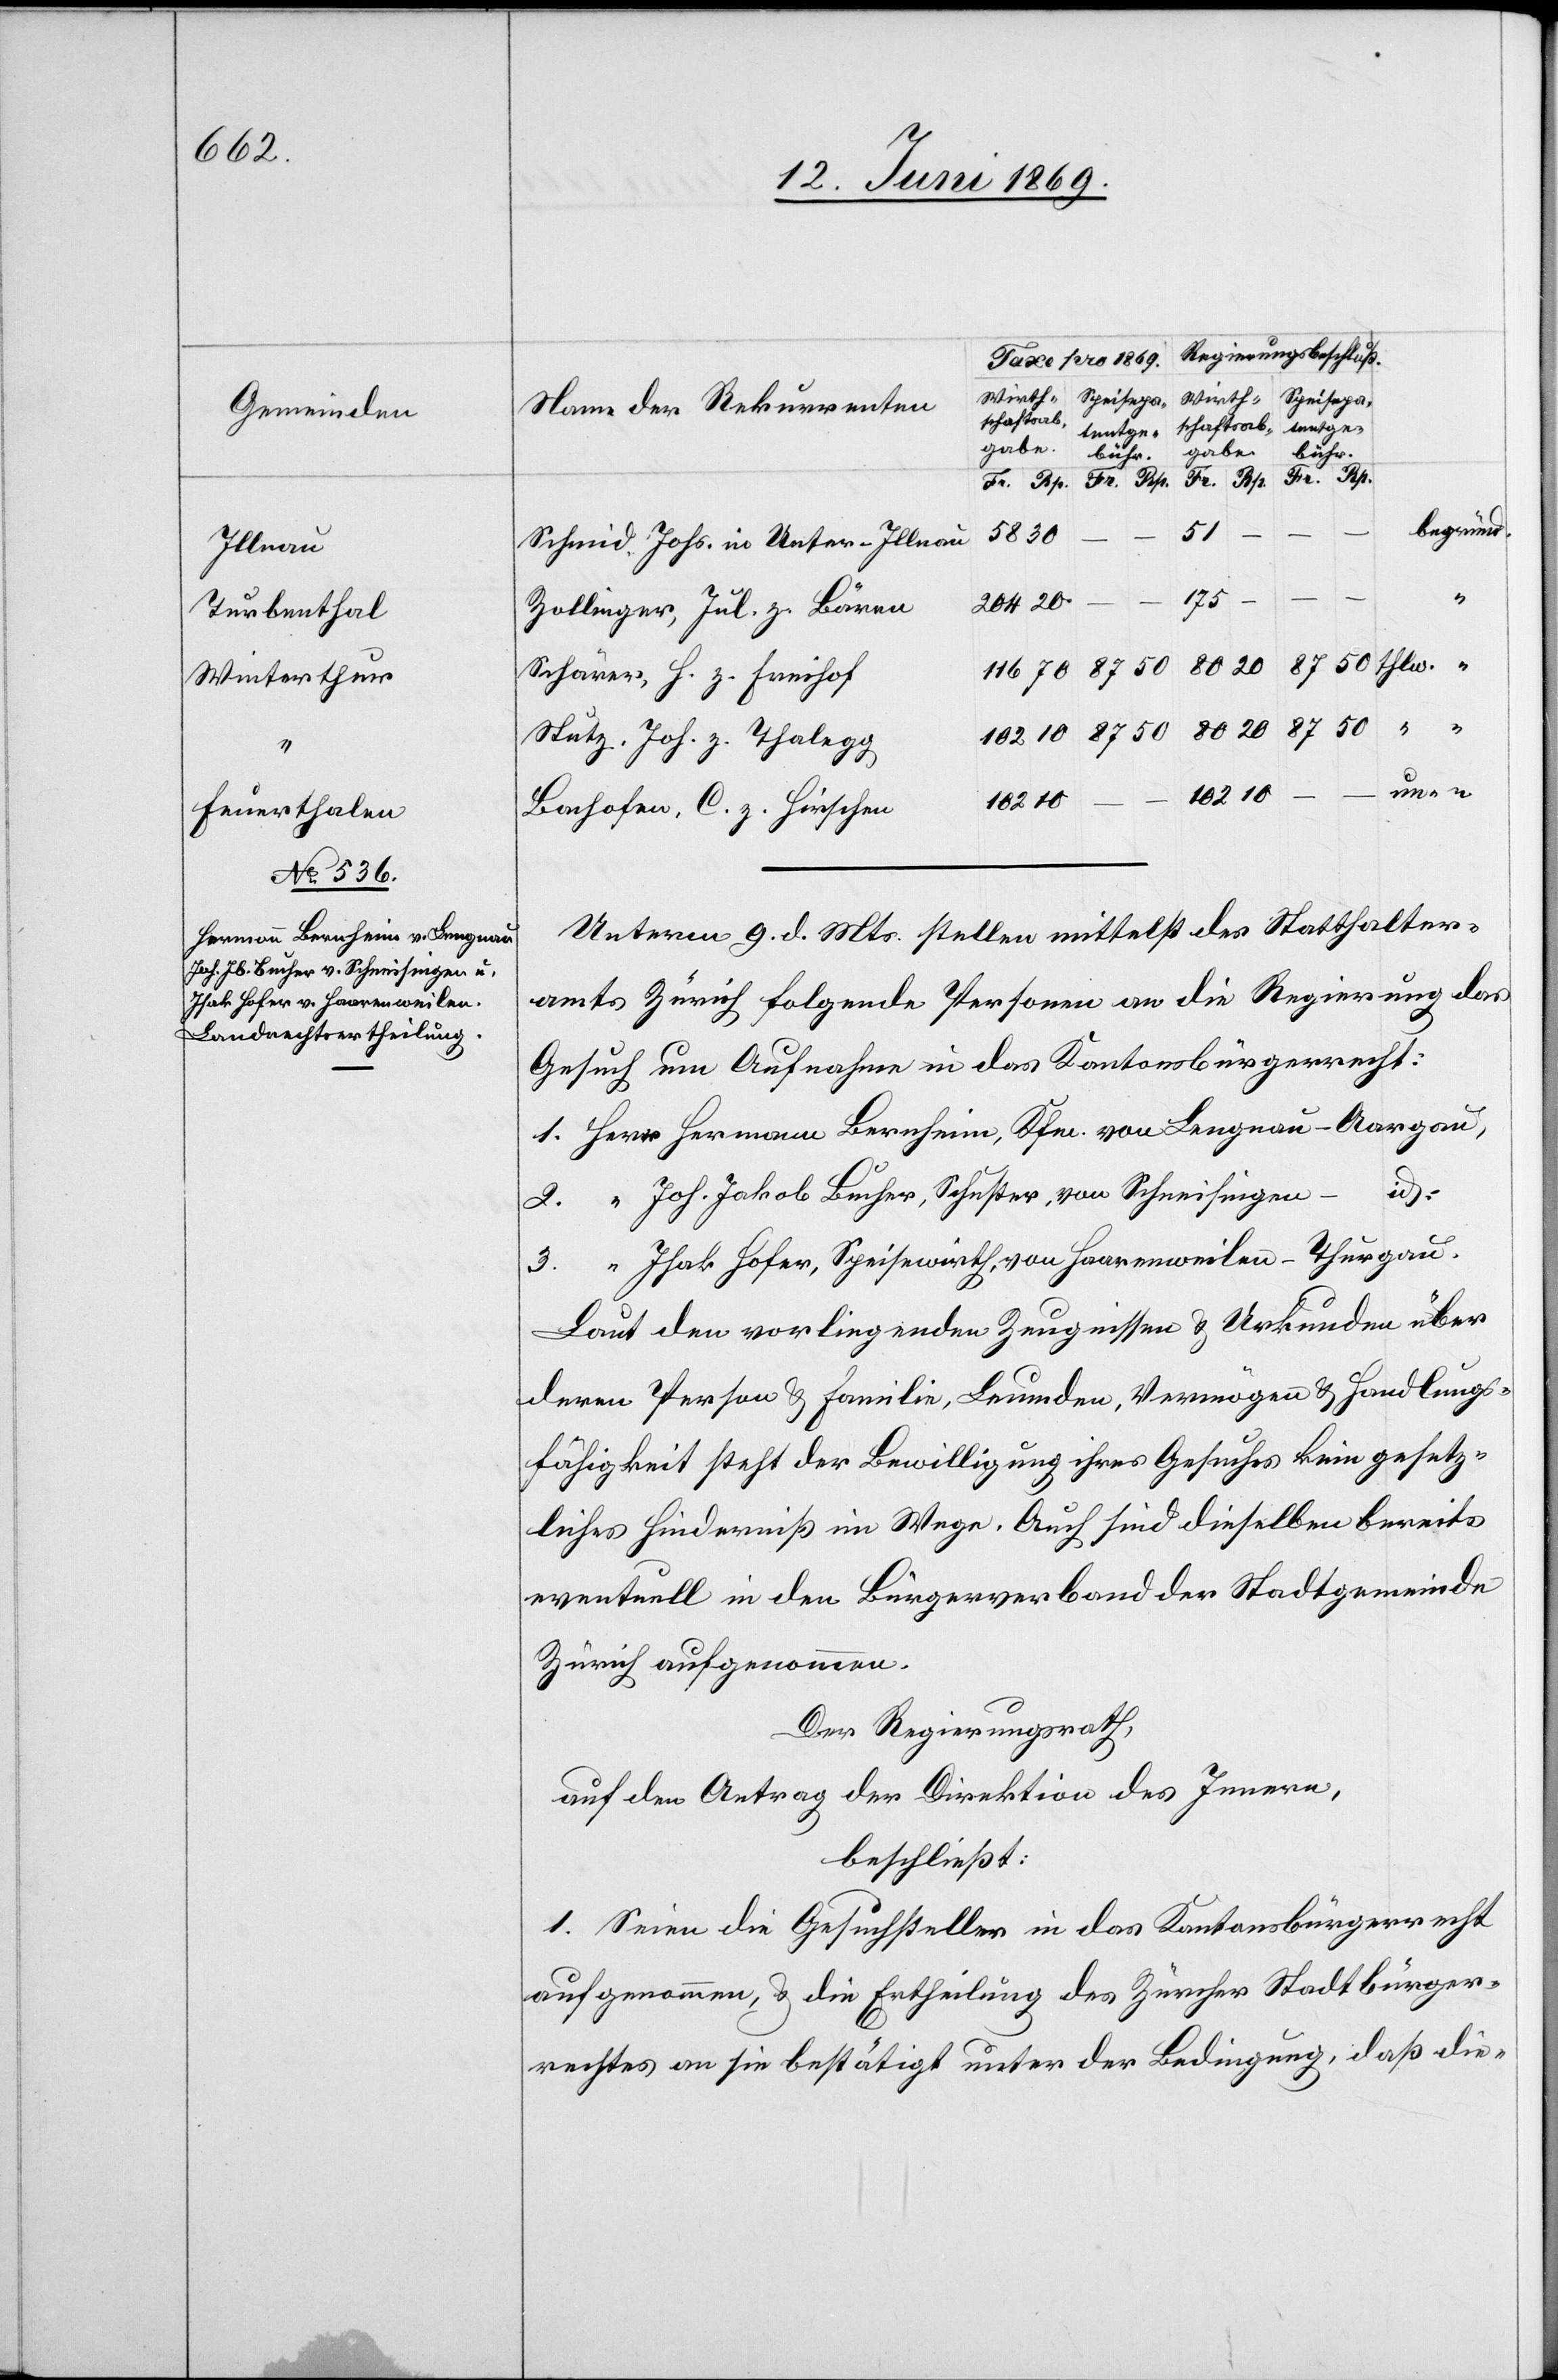
102
r-Illnau
Turbenthal
Winterthur
Feuerthalen

z.
begründ.
50
20
thw.
Zollinger, Jul. z. Bären
Schärer, H. z. Freihof
Stutz. Joh. z. Thalegg.
un- “
Unterm 9 d. Mts. stellen mittelst der Statthalter¬
amts Zürich folgende Personen an die Regierung das
Gesuch um Aufnahme in das Kantonsbürgerrecht:
1. Herr	Hermann Bernheim, Kfn. von Lengnau-Aargau,
2. “		Joh. Jakob Bucher, Schuster, von Schneisingen-id.
3. “		Isak Hofer, Speisewirth, von Haarenweilen-Thurgau.
Laut den vorliegenden Zeugnissen u. Urkunden über
deren Person u. Familie, Leumden, Vermögen u. Handlungs¬
fähigkeit steht der Bewilligung ihres Gesuches kein gesetz¬
liches Hinderniß im Wege. Auch sind dieselben bereits
eventuell in den Bürgerverband der Stadtgemeinde
Zürich aufgenommen.
Der Regierungsrath,
auf den Antrag der Direktion des Innern,
beschließt:
1. Seien die Gesuchsteller in das Kantonsbürgerrecht
aufgenommen, u. die Ertheilung des Zürcher Stadtbürger¬
rechtes an sie bestätigt unter der Bedingung, daß die-